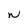
Character: N